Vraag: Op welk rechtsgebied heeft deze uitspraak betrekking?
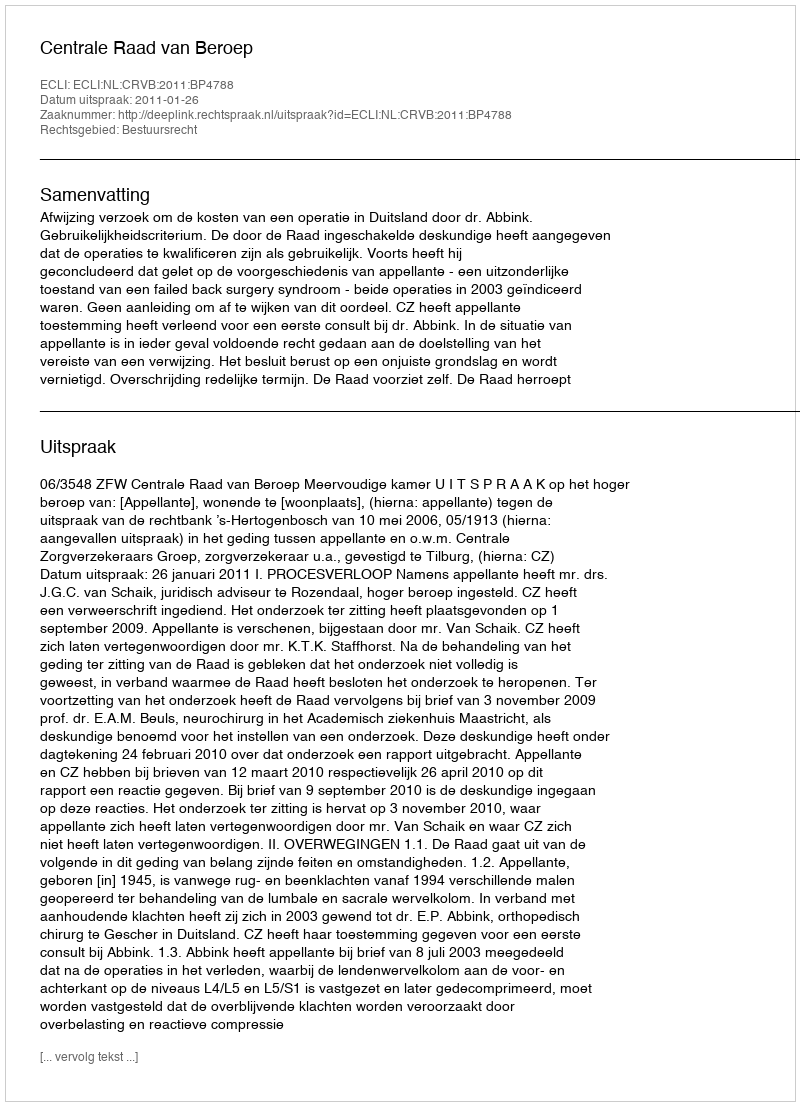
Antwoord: Bestuursrecht